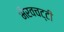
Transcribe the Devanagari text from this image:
भैरवचट्टी